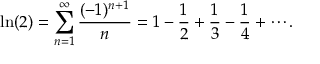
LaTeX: \ln ( 2 ) = \sum _ { n = 1 } ^ { \infty } { \frac { ( - 1 ) ^ { n + 1 } } { n } } = 1 - { \frac { 1 } { 2 } } + { \frac { 1 } { 3 } } - { \frac { 1 } { 4 } } + \cdots .